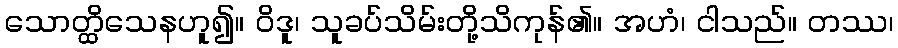
သောတ္ထိသေနဟူ၍။ ဝိဒူ၊ သူခပ်သိမ်းတို့သိကုန်၏။ အဟံ၊ ငါသည်။ တဿ၊